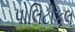
પોલિટીકલ